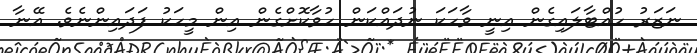
ނަޒަރު ހުއްޓާލައިގެން އިނީ ވާހަކަ ނުދައްކަން ހުވާކޮށްގެން އިން މީހަކު ފަދައިންނެވެ. އޭނާ